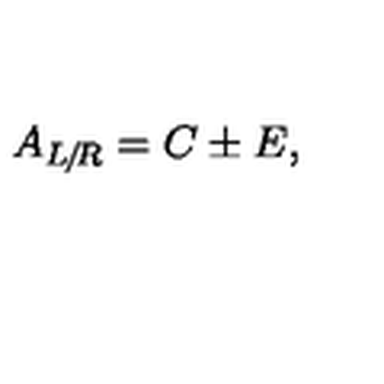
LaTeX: A _ { L \! / \! R } = C \pm E ,